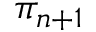
\pi _ { n + 1 }